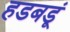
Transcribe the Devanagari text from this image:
हडबडूं